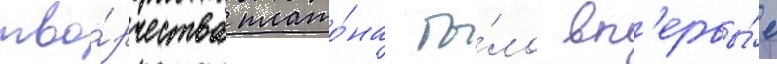
тво́рчества плато́на бы́ло вп'ервы́е